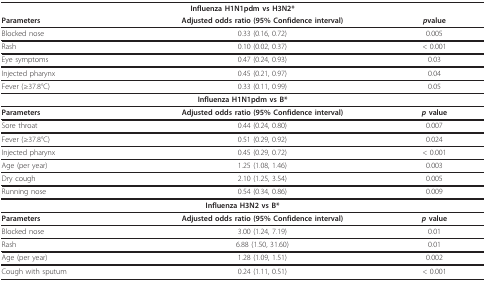
| <COLSPAN=3> Influenza H1N1pdm vs H3N2* |
 | Parameters | Adjusted odds ratio (95% Confidence interval) | pvalue |
 | --- | --- | --- |
 | Blocked nose | 0.33 (0.16, 0.72) | 0.005 |
 | Rash | 0.10 (0.02, 0.37) | < 0.001 |
 | Eye symptoms | 0.47 (0.24, 0.93) | 0.03 |
 | Injected pharynx | 0.45 (0.21, 0.97) | 0.04 |
 | Fever (≥37.8°C) | 0.33 (0.11, 0.99) | 0.05 |
 | <COLSPAN=3> Influenza H1N1pdm vs B* |
 | Parameters | Adjusted odds ratio (95% Confidence interval) | p value |
 | Sore throat | 0.44 (0.24, 0.80) | 0.007 |
 | Fever (≥37.8°C) | 0.51 (0.29, 0.92) | 0.024 |
 | Injected pharynx | 0.45 (0.29, 0.72) | < 0.001 |
 | Age (per year) | 1.25 (1.08, 1.46) | 0.003 |
 | Dry cough | 2.10 (1.25, 3.54) | 0.005 |
 | Running nose | 0.54 (0.34, 0.86) | 0.009 |
 | <COLSPAN=3> Influenza H3N2 vs B* |
 | Parameters | Adjusted odds ratio (95% Confidence interval) | p value |
 | Blocked nose | 3.00 (1.24, 7.19) | 0.01 |
 | Rash | 6.88 (1.50, 31.60) | 0.01 |
 | Age (per year) | 1.28 (1.09, 1.51) | 0.002 |
 | Cough with sputum | 0.24 (1.11, 0.51) | < 0.001 |